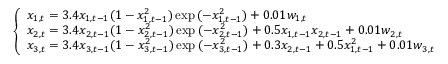
\left\{ \begin{array} { l l } { x _ { 1 , t } = 3 . 4 x _ { 1 , t - 1 } ( 1 - x _ { 1 , t - 1 } ^ { 2 } ) \exp { ( - x _ { 1 , t - 1 } ^ { 2 } ) } + 0 . 0 1 w _ { 1 , t } } \\ { x _ { 2 , t } = 3 . 4 x _ { 2 , t - 1 } ( 1 - x _ { 2 , t - 1 } ^ { 2 } ) \exp { ( - x _ { 2 , t - 1 } ^ { 2 } ) } + 0 . 5 x _ { 1 , t - 1 } x _ { 2 , t - 1 } + 0 . 0 1 w _ { 2 , t } } \\ { x _ { 3 , t } = 3 . 4 x _ { 3 , t - 1 } ( 1 - x _ { 3 , t - 1 } ^ { 2 } ) \exp { ( - x _ { 3 , t - 1 } ^ { 2 } ) } + 0 . 3 x _ { 2 , t - 1 } + 0 . 5 x _ { 1 , t - 1 } ^ { 2 } + 0 . 0 1 w _ { 3 , t } } \end{array} \right.